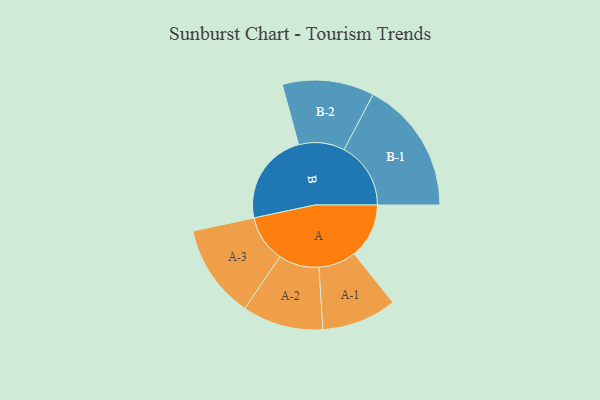
{"axis": {"x": "Segment", "y": "Value"}, "legend": ["", "A", "B"], "data": [{"x": "A", "y": 220, "type": ""}, {"x": "B", "y": 372, "type": ""}, {"x": "A-1", "y": 150, "type": "A"}, {"x": "A-2", "y": 162, "type": "A"}, {"x": "A-3", "y": 188, "type": "A"}, {"x": "B-1", "y": 267, "type": "B"}, {"x": "B-2", "y": 184, "type": "B"}]}